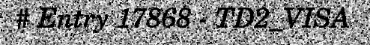
# Entry 17868 - TD2_VISA